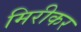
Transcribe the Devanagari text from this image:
मिरीकर